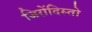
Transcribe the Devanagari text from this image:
जिरोंदिस्तो